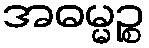
အဓမ္မဉ္စ